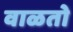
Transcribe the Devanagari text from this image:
वाळतो